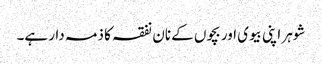
شوہر اپنی بیوی اور بچوں کے نان نفقہ کا ذمہ دار ہے۔